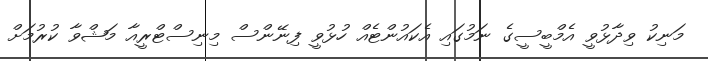
މަނިކު ވިދާޅުވީ އެމްބީސީގެ ނަމުގައި އެކައުންޓެއް ހުޅުވީ ފިނޭންސް މިނިސްޓްރީއާ މަޝްވާ ކުރުމަށް